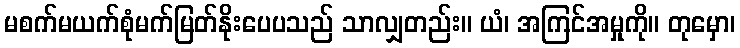
မစက်မယက်စုံမက်မြတ်နိုးပေပသည် သာလျှတည်း။ ယံ၊ အကြင်အမှုကို။ တုမှော၊